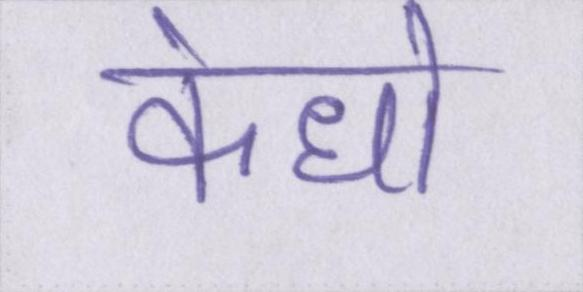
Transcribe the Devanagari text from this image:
कंधो